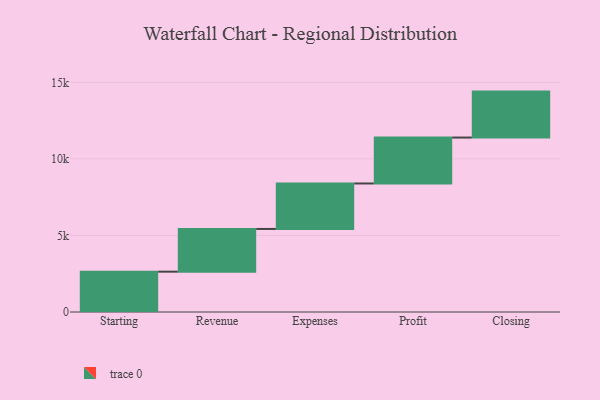
{"axis": {"x": "Step", "y": "Value"}, "legend": [""], "data": [{"x": "Starting", "y": 2634.0, "type": ""}, {"x": "Revenue", "y": 2789.0, "type": ""}, {"x": "Expenses", "y": 2970.0, "type": ""}, {"x": "Profit", "y": 3000, "type": ""}, {"x": "Closing", "y": 3000, "type": ""}]}